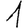
Digit: 1